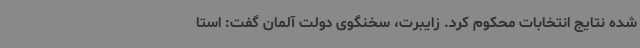
شده نتایج انتخابات محکوم کرد. زایبرت، سخنگوی دولت آلمان گفت: استا